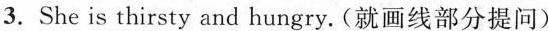
3.She is thirsty and hungry.(就画线部分提问)